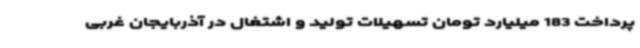
پرداخت 183 میلیارد تومان تسهیلات تولید و اشتغال در آذربایجان غربی